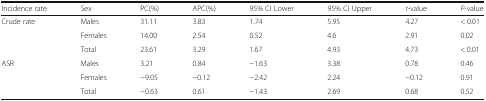
| Incidence rate | Sex | PC(%) | APC(%) | 95% CI Lower | 95% CI Upper | t-value | P-value |
 | --- | --- | --- | --- | --- | --- | --- | --- |
 | <ROWSPAN=3> Crude rate | Males | 31.11 | 3.83 | 1.74 | 5.95 | 4.27 | < 0.01 |
 | Females | 14.00 | 2.54 | 0.52 | 4.6 | 2.91 | 0.02 |
 | Total | 23.61 | 3.29 | 1.67 | 4.93 | 4.73 | < 0.01 |
 | <ROWSPAN=3> ASR | Males | 3.21 | 0.84 | −1.63 | 3.38 | 0.78 | 0.46 |
 | Females | −9.05 | −0.12 | −2.42 | 2.24 | −0.12 | 0.91 |
 | Total | −0.63 | 0.61 | −1.43 | 2.69 | 0.68 | 0.52 |